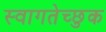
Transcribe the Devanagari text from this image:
स्वागतेच्छुक